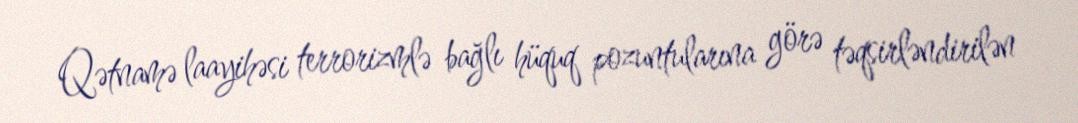
Qətnamə laayihəsi terrorizmlə bağlı hüquq pozuntularına görə təqsirləndirilən